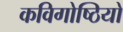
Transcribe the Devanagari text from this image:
कविगोष्ठियों